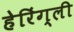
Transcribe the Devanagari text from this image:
हेरिंग्ली